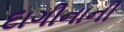
દાગીનાની